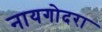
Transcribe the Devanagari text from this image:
नायगोदरा